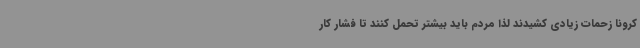
کرونا زحمات زیادی کشیدند لذا مردم باید بیشتر تحمل کنند تا فشار کار